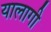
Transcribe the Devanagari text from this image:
यालागी